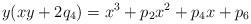
LaTeX: \begin{align*} y( xy + 2 q_4 ) = x^3 + p_2 x^2 + p_4 x + p_6 \end{align*}